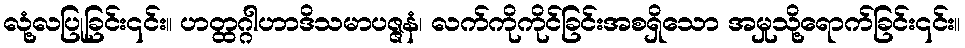
လုံ့လပြုခြင်း၎င်း။ ဟတ္ထဂ္ဂါဟာဒိသမာပဇ္ဇနံ၊ လက်ကိုကိုင်ခြင်းအစရှိသော အမှုသို့ရောက်ခြင်း၎င်း။